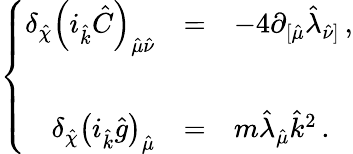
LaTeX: \left\{ \begin{array}{rcl}{{\delta_{\hat{\chi}}\left(i_{\hat{k}}\hat{C}\right)_{\hat{\mu}\hat{\nu}}}}&{{=}}&{{-4\partial_{[\hat{\mu}}\hat{\lambda}_{\hat{\nu}]}\, ,}}\\ {{}}&{{}}&{{}}\\ {{\delta_{\hat{\chi}}\left(i_{\hat{k}}\hat{g}\right)_{\hat{\mu}}}}&{{=}}&{{m\hat{\lambda}_{\hat{\mu}}\hat{k}^{2}\, .}}\end{array}\right.